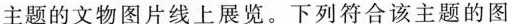
主题的文物图片线上展览。下列符合该主题的图